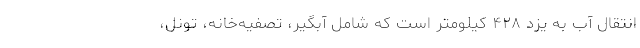
انتقال آب به یزد ۴۲۸ کیلومتر است که شامل آبگیر، تصفیه‌خانه، تونل،